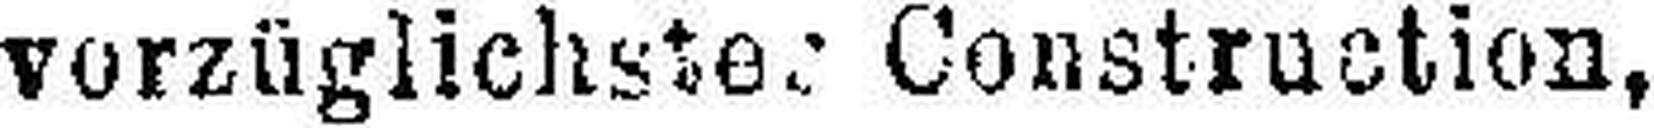
vorzüglichste Construction,